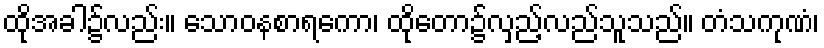
ထိုအခါ၌လည်း။ သောဝနစာရကော၊ ထိုတော၌လှည့်လည်သူသည်။ တံသကုဏံ၊